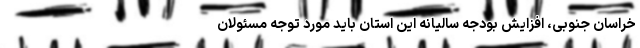
خراسان جنوبی، افزایش بودجه سالیانه این استان باید مورد توجه مسئولان